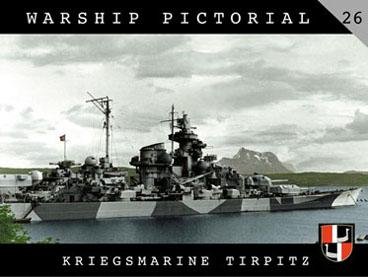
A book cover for Warship Pictorial No. 26 - Kriegsmarine Tirpitz; Steve Wiper; Arts & Photography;